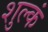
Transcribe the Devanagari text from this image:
शुल्कं